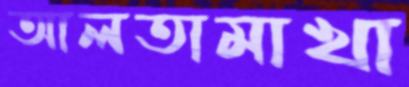
আলতামাখা